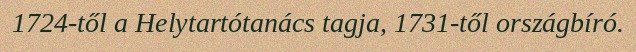
1724-től a Helytartótanács tagja, 1731-től országbíró.